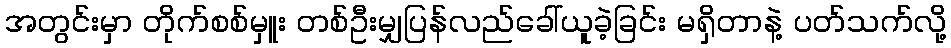
အတွင်းမှာ တိုက်စစ်မှူး တစ်ဦးမျှပြန်လည်ခေါ်ယူခဲ့ခြင်း မရှိတာနဲ့ ပတ်သက်လို့